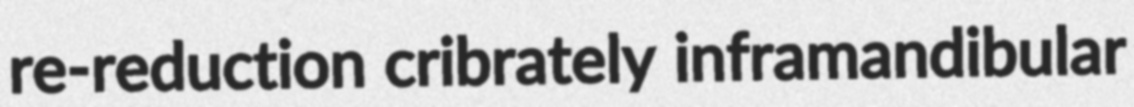
re-reduction cribrately inframandibular